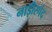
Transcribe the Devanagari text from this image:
नाड़ीस्पंद